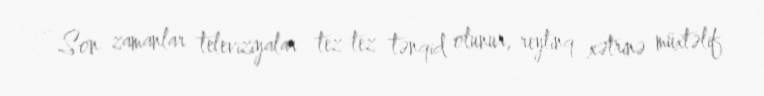
- Son zamanlar televiziyalar tez-tez tənqid olunur, reytinq xətrinə müxtəlif